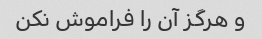
و هرگز آن را فراموش نکن